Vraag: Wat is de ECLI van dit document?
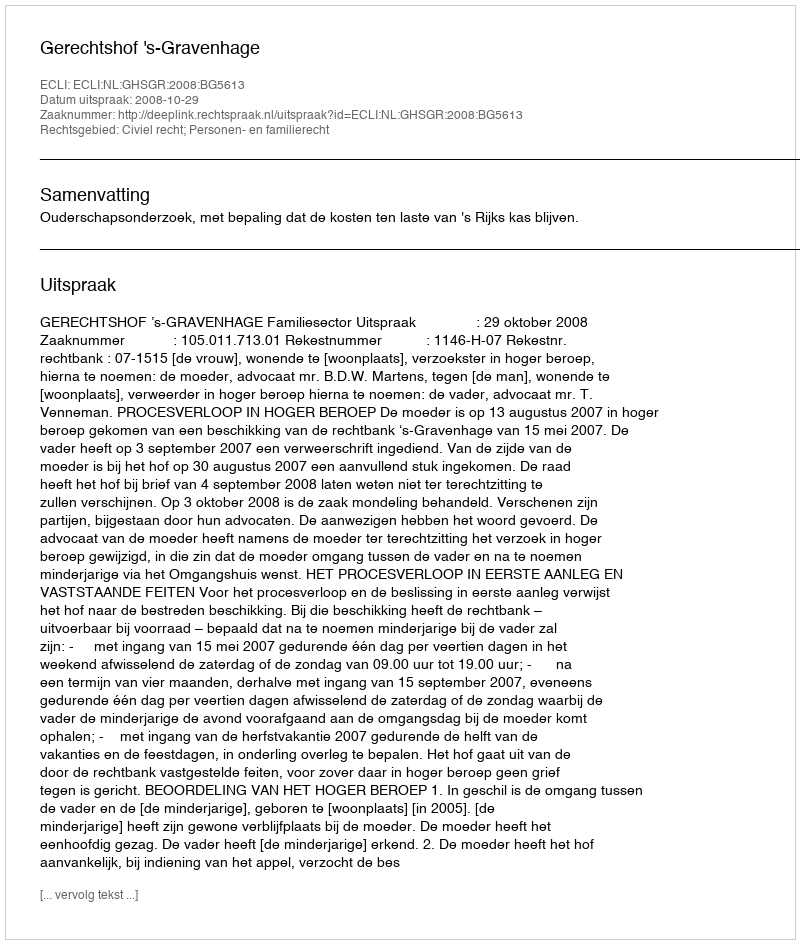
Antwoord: ECLI:NL:GHSGR:2008:BG5613